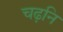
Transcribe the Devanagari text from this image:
चढ़नि